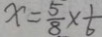
x = \frac { 5 } { 8 } \times \frac { 1 } { 6 }